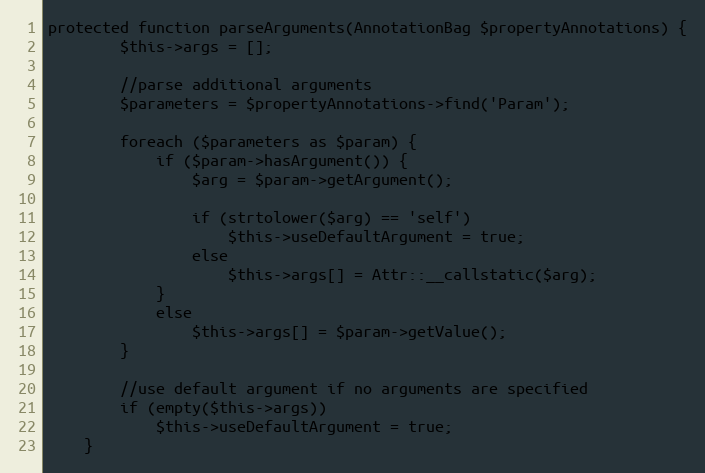
Language: PHP
protected function parseArguments(AnnotationBag $propertyAnnotations) {
		$this->args = [];

		//parse additional arguments
		$parameters = $propertyAnnotations->find('Param');

		foreach ($parameters as $param) {
			if ($param->hasArgument()) {
				$arg = $param->getArgument();

				if (strtolower($arg) == 'self')
					$this->useDefaultArgument = true;
				else
					$this->args[] = Attr::__callstatic($arg);
			}
			else
				$this->args[] = $param->getValue();
		}

		//use default argument if no arguments are specified
		if (empty($this->args))
			$this->useDefaultArgument = true;
	}